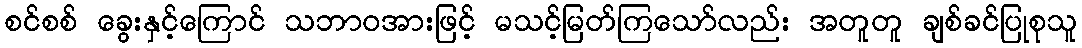
စင်စစ် ခွေးနှင့်ကြောင် သဘာဝအားဖြင့် မသင့်မြတ်ကြသော်လည်း အတူတူ ချစ်ခင်ပြုစုသူ